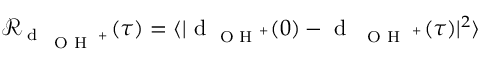
\mathcal { R } _ { \textrm { d } _ { \textrm { { \scriptsize O H } } ^ { + } } } ( \tau ) = \langle | \textrm { d } _ { \textrm { \scriptsize O H } ^ { + } } ( 0 ) - \textrm { d } _ { \textrm { { \scriptsize O H } } ^ { + } } ( \tau ) | ^ { 2 } \rangle